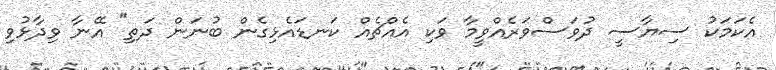
އެކަމަކު ސިޔާސީ ދުވަސްވަރެއްވީމާ ވަކި އެއްޗެއް ކަނޑައެޅިގެން ބުނަން ދަތި" އޭނާ ވިދާޅުވި